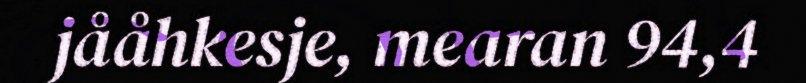
jååhkesje, mearan 94,4